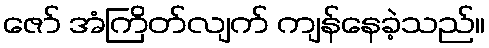
ဇော် အံကြိတ်လျက် ကျန်နေခဲ့သည်။